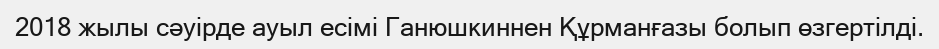
2018 жылы сәуірде ауыл есімі Ганюшкиннен Құрманғазы болып өзгертілді.